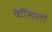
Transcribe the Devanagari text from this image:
कौंसलों